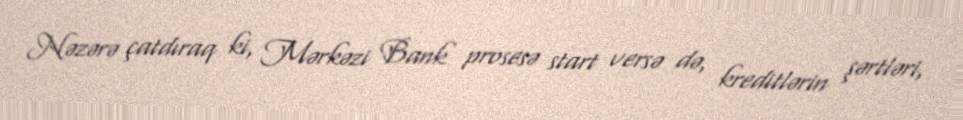
Nəzərə çatdıraq ki, Mərkəzi Bank prosesə start versə də, kreditlərin şərtləri,